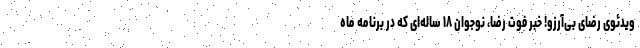
ویدئوی رضای بی‌آرزو! خبر فوت رضا، نوجوان ۱۸ ساله‌ای که در برنامه ماه